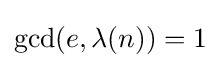
\gcd(e,\lambda (n))=1